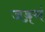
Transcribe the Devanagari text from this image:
जङ्गमं